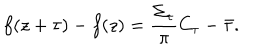
f ( z + \tau ) - f ( z ) = \frac { \Sigma _ { \tau } } { \pi } C _ { \tau } - \bar { \tau } .